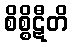
စိစ္စိဋီတိ